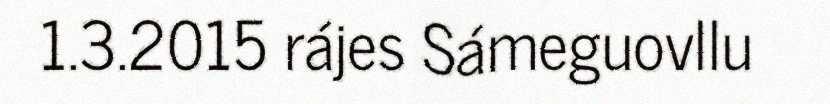
1.3.2015 rájes Sámeguovllu